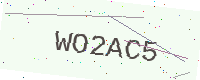
Text: WO2AC5